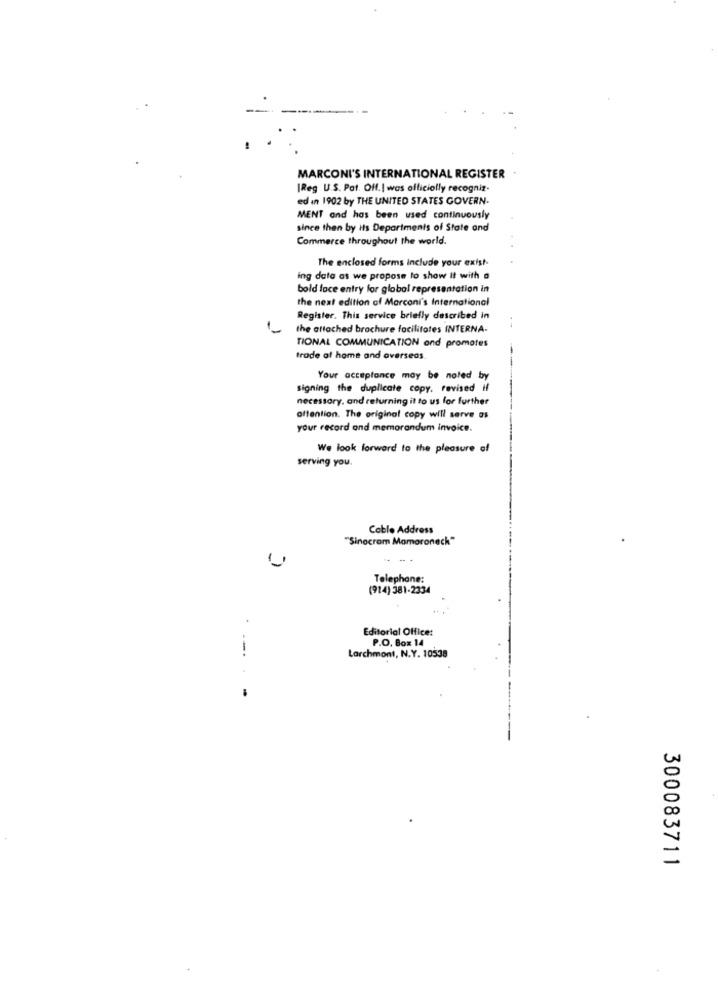
MARCONI'S INTERNATIONAL REGISTER
IReg U.S. Pat. Off.| was officially recogniz.
ed in 1902 by THE UNITED STATES GOVERN.
MENT and has been used continuously
since then by its Departments of State and
Commerce throughout the world.
The enclosed forms include your exist-
ing data as we propose to show It with a
bold foce entry for global representation in
the next edition of Marconi's International
Register. This service briefly described in
the attached brochure facilitates INTERNA-
TIONAL COMMUNICATION ond promotes
frode of home and overseas
Your acceptance may be noted by
signing the duplicate copy, revised if
necessary, and returning it to us for further
attention. The original copy will serve as
your record and memorandum invoice.
We look forward to the pleasure of
serving you.
Cable Address
"Sinocram Mamaroneck"
Telephone:
(914) 381-2334
Editorial Office:
P.O. Box 14
Larchmont, N.Y. 10538
300083711